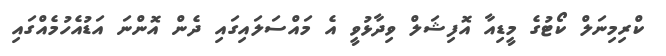
ކްރިމިނަލް ކޯޓުގެ މީޑިއާ އޮފިޝަލް ވިދާޅުވީ އެ މައްސަލައިގައި ދެން އޮންނަ އަޑުއެހުމެއްގައި